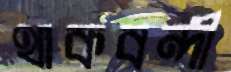
থাকবন্দী